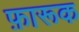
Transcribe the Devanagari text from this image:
फ़ारूक